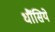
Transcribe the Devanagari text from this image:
धौंसिये